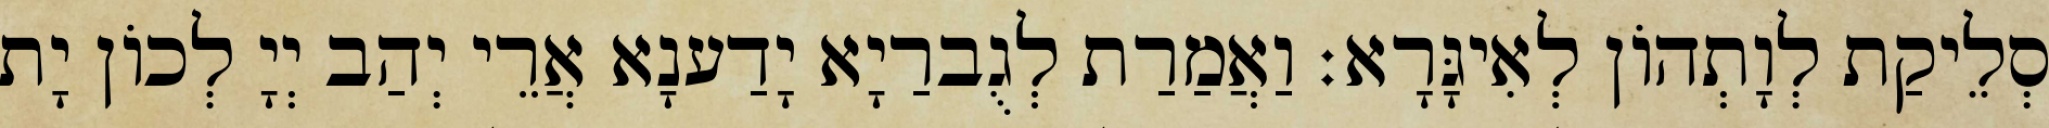
סְלֵיקַת לְוָתְהוֹן לְאִיגָּרָא׃ וַאֲמַרַת לְגֻברַיָא יָדַענָא אֲרֵי יְהַב יְיָ לְכוֹן יָת